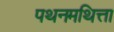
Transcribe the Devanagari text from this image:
पथनमथित्ता